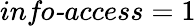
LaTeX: \textit{info-access}=1